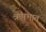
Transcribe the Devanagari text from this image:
ऋषभात